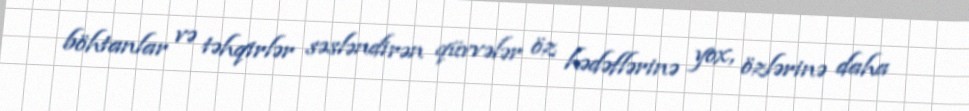
böhtanlar və təhqirlər səsləndirən qüvvələr öz hədəflərinə yox, özlərinə daha